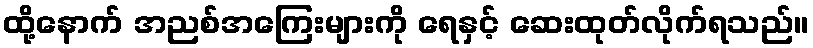
ထို့နောက် အညစ်အကြေးများကို ရေနှင့် ဆေးထုတ်လိုက်ရသည်။